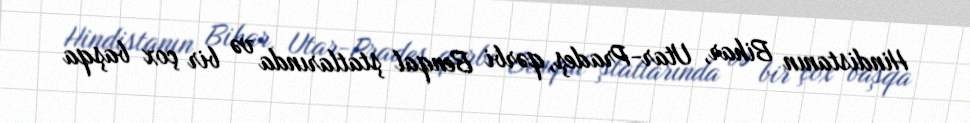
Hindistanın Bihar, Utar-Pradeş, qərbi Benqal ştatlarında və bir çox başqa